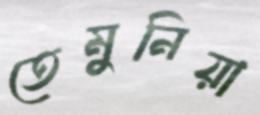
তেমুনিয়া